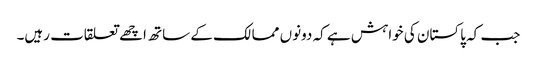
جب کہ پاکستان کی خواہش ہے کہ دونوں ممالک کے ساتھ اچھے تعلقات رہیں۔